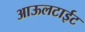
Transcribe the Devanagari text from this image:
आऊलटाईट